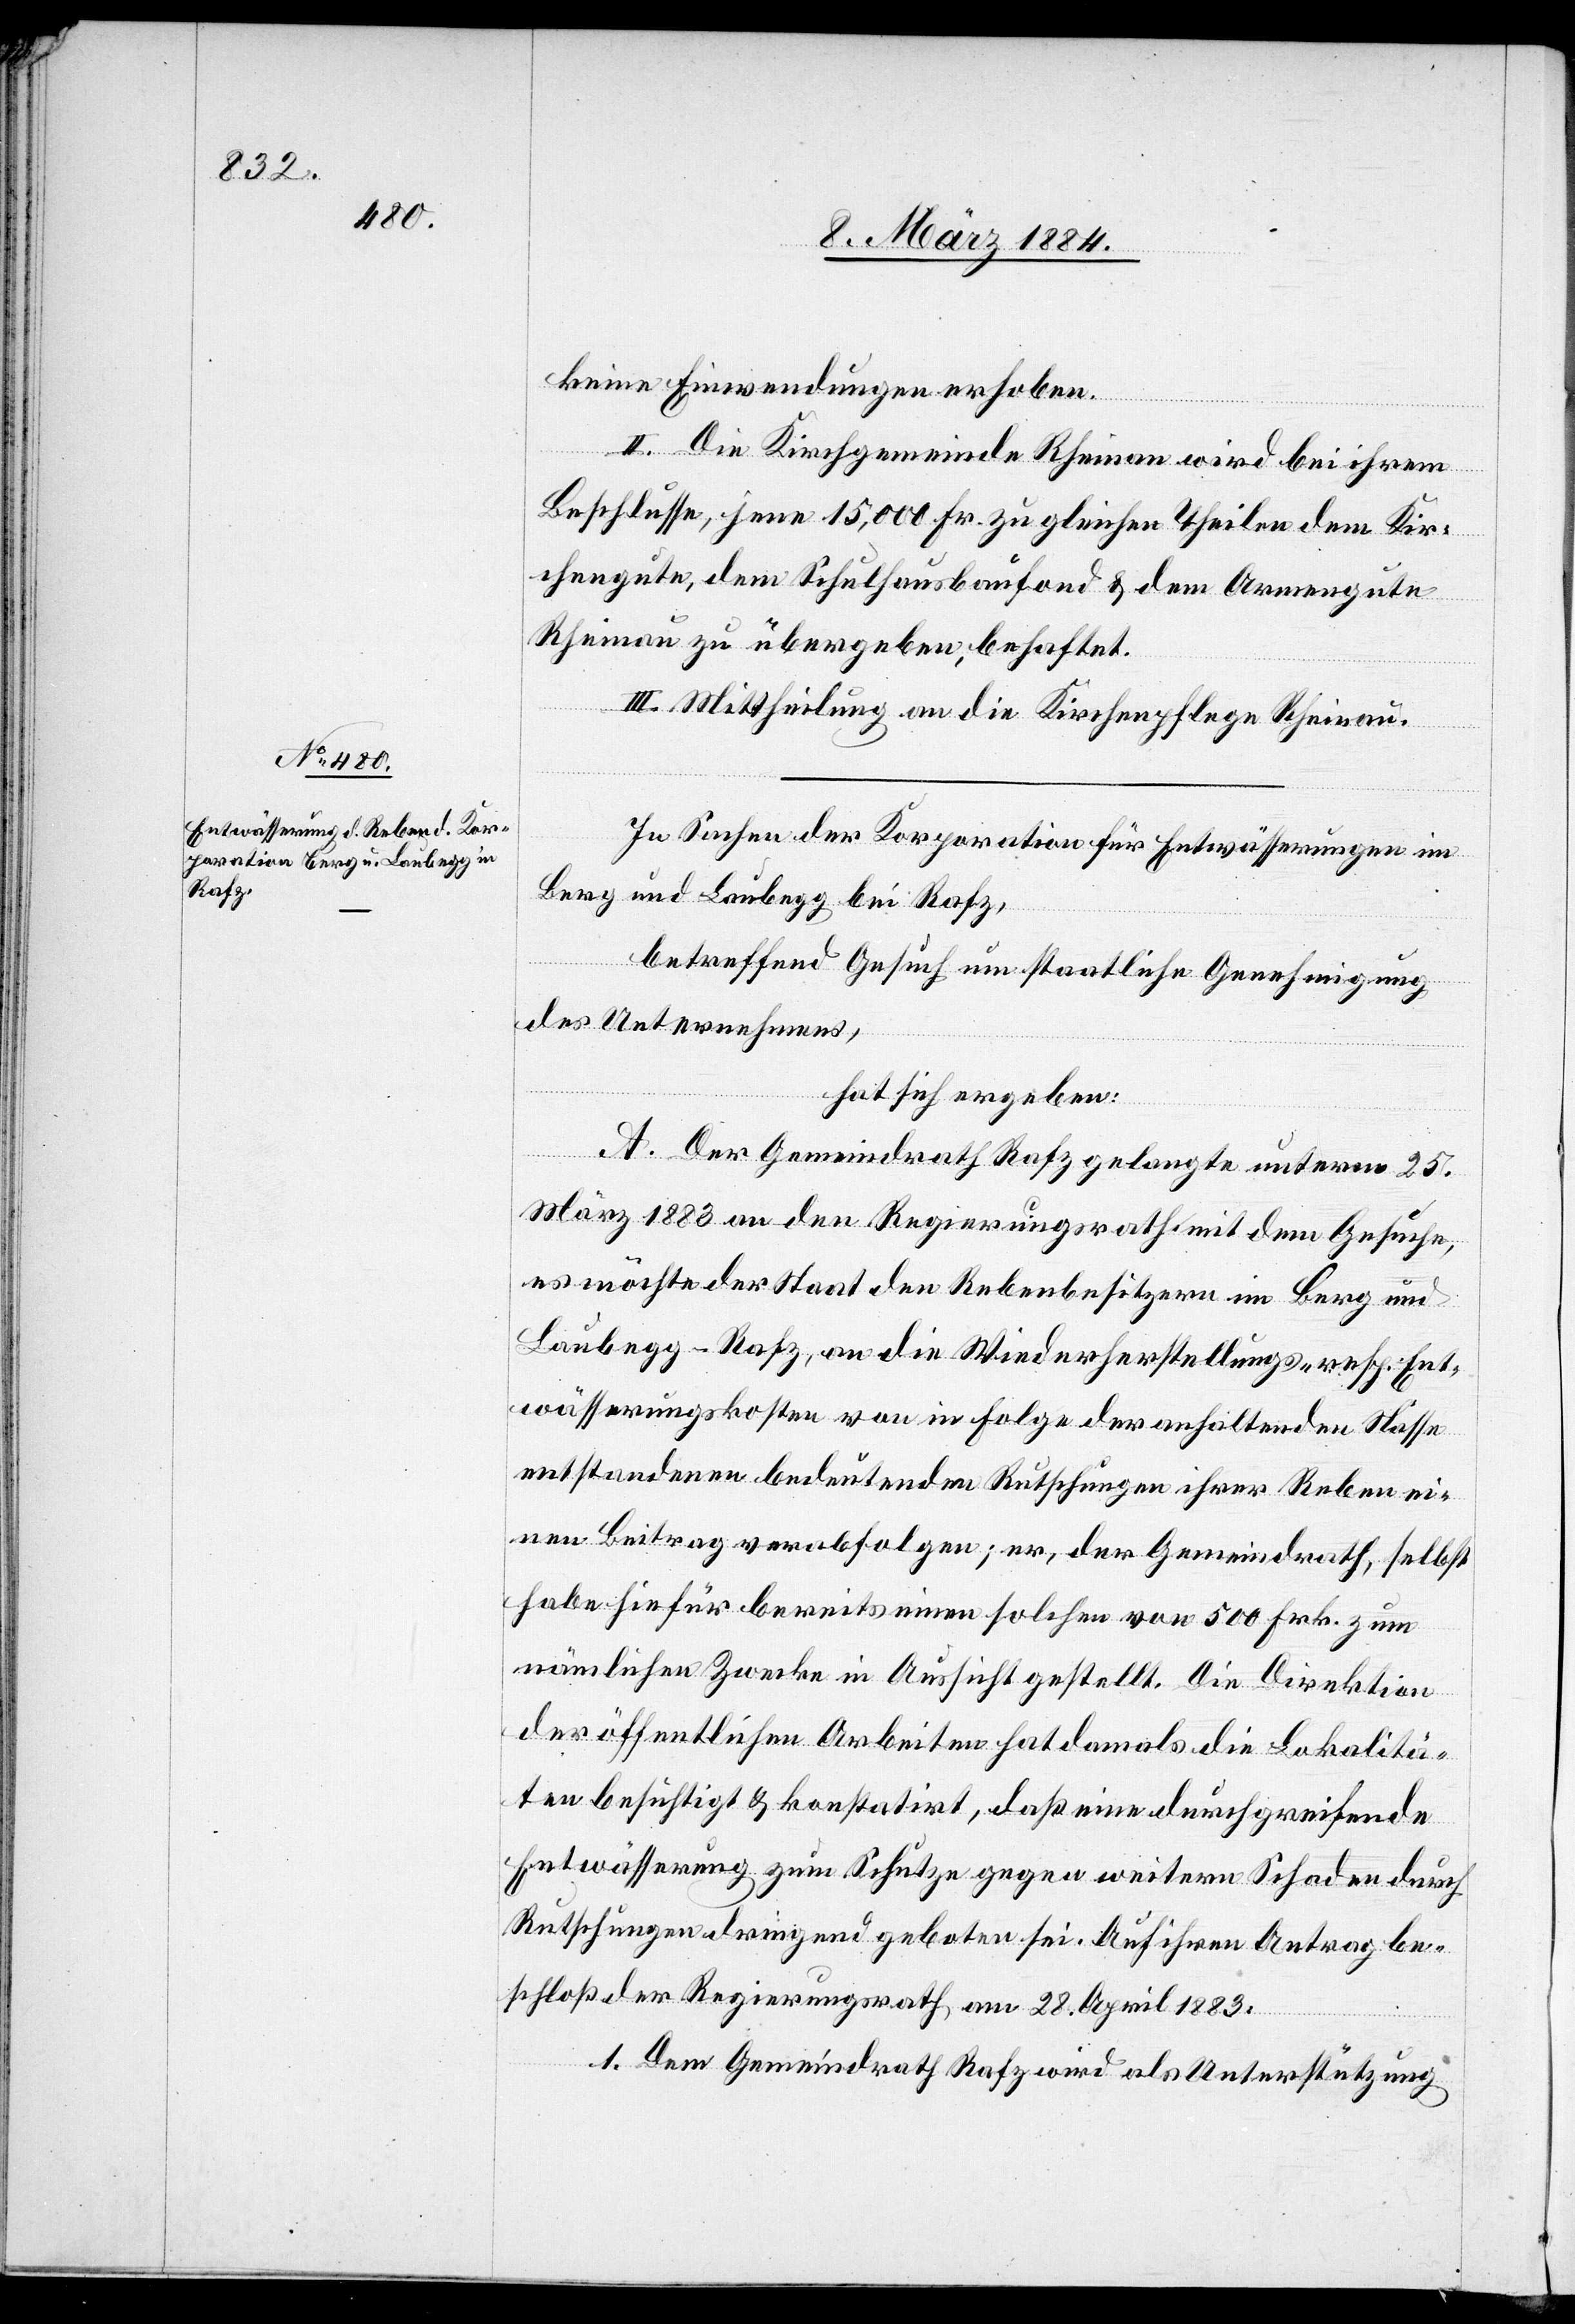
keine Einwendungen erhoben.
II. Die Kirchgemeinde Rheinau wird bei ihrem
Beschlusse, jene 15,000 Fr. zu gleichen Theilen dem Kir¬
chengute, dem Schulhausbaufond & dem Armengute
Rheinau zu übergeben, behaftet.
III. Mittheilung an die Kirchenpflege Rheinau.
In Sachen der Korporation für Entwässerung im
Berg und Laubegg bei Rafz,
betreffend Gesuch um staatliche Genehmigung
des Unternehmens,
hat sich ergeben:
A. Der Gemeindrath Rafz gelangte unterm 25.
März 1883 an den Regierungsrath mit dem Gesuche,
es möchte der Staat den Rebenbesitzern im Berg und
Laubegg - Rafz, an die Wiederherstellungs- resp. Ent¬
wässerungskosten von in Folge der anhaltenden Nässe
entstandenen bedeutenden Rutschungen ihrer Reben ei¬
nen Beitrag verabfolgen; er, der Gemeindrath, selbst
habe hiefür bereits einen solchen von 500 Frk. zum
nämlichen Zwecke in Aussicht gestellt. Die Direktion
der öffentlichen Arbeiten hat damals die Lokalitä¬
ten besichtigt & konstatirt, daß eine durchgreifende
Entwässerung zum Schutze gegen weitern Schaden durch
Rutschungen dringend geboten sei. Auf ihren Antrag be¬
schloß der Regierungsrath, am 28. April 1883:
1. Dem Gemeindrath Rafz wird als Unterstützung